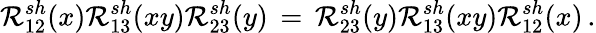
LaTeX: {\cal R}_{12}^{sh}(x){\cal R}_{13}^{sh}(xy){\cal R}_{23}^{sh}(y)\, =\, {\cal R}_{23}^{sh}(y){\cal R}_{13}^{sh}(xy){\cal R}_{12}^{sh}(x)\, .